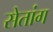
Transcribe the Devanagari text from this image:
सेतांग